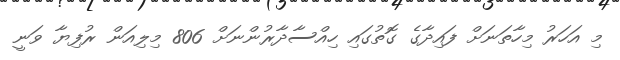
މި އަހަރު މިހާތަނަށް ފައިދާގެ ގޮތުގައި ހިއްސާދާރުންނަށް 806 މިލިއަން ރުފިޔާ ވަނީ